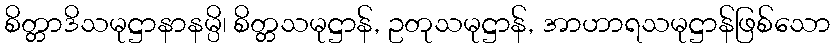
စိတ္တာဒိသမုဋ္ဌာနာနမ္ပိ၊ စိတ္တသမုဋ္ဌာန်, ဥတုသမုဋ္ဌာန်, အာဟာရသမုဋ္ဌာန်ဖြစ်သော